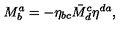
M _ { b } ^ { a } = - \eta _ { b c } \bar { M } _ { d } ^ { c } \eta ^ { d a } ,